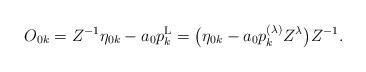
LaTeX: \begin{gather*}O_{0k}=Z^{-1}\eta_{0k}-a_0 p^{\rm L}_k=\big(\eta_{0k}- a_0 p_k^{(\lambda)}Z^\lambda\big)Z^{-1}.\end{gather*}